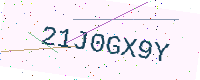
Text: 21J0GX9Y